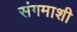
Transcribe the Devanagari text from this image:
संगमाशी